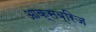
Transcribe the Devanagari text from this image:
आक्सब्रिज